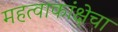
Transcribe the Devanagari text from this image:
महत्वाकांक्षेचा